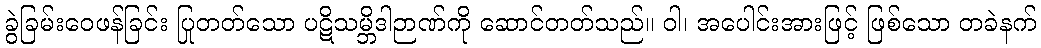
ခွဲခြမ်းဝေဖန်ခြင်း ပြုတတ်သော ပဋိသမ္ဘိဒါဉာဏ်ကို ဆောင်တတ်သည်။ ဝါ၊ အပေါင်းအားဖြင့် ဖြစ်သော တခဲနက်